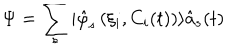
LaTeX: \Psi = \sum _ { s } | \hat { \varphi } _ { s } \left( \xi _ { i } , C _ { i } ( t ) \right) \rangle \hat { a } _ { s } ( t )